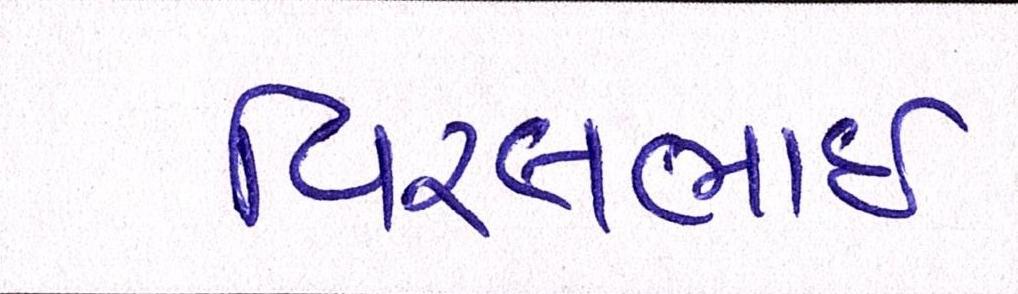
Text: વિરલભાઇ